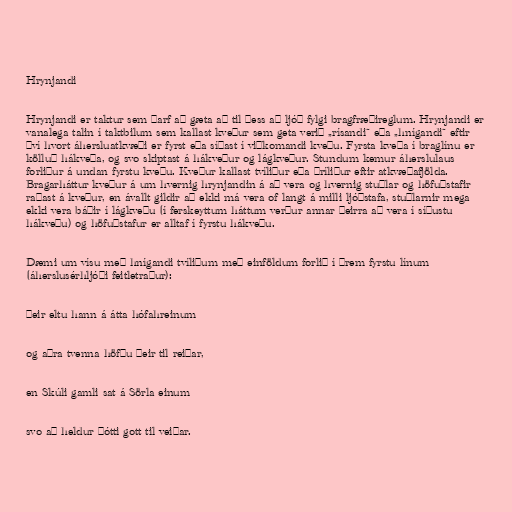
Hrynjandi

Hrynjandi er taktur sem þarf að gæta að til þess að ljóð fylgi bragfræðireglum. Hrynjandi er
vanalega talin í taktbilum sem kallast kveður sem geta verið „rísandi“ eða „hnígandi“ eftir
því hvort áhersluatkvæði er fyrst eða síðast í viðkomandi kveðu. Fyrsta kveða í braglínu er
kölluð hákveða, og svo skiptast á hákveður og lágkveður. Stundum kemur áherslulaus
forliður á undan fyrstu kveðu. Kveður kallast tvíliður eða þríliður eftir atkvæðafjölda.
Bragarháttur kveður á um hvernig hrynjandin á að vera og hvernig stuðlar og höfuðstafir
raðast á kveður, en ávallt gildir að ekki má vera of langt á milli ljóðstafa, stuðlarnir mega
ekki vera báðir í lágkveðu (í ferskeyttum háttum verður annar þeirra að vera í síðustu
hákveðu) og höfuðstafur er alltaf í fyrstu hákveðu.

Dæmi um vísu með hnígandi tvíliðum með einföldum forlið í þrem fyrstu línum
(áherslusérhljóði feitletraður):

Þeir eltu hann á átta hófahreinum

og aðra tvenna höfðu þeir til reiðar,

en Skúli gamli sat á Sörla einum

svo að heldur þótti gott til veiðar.